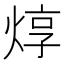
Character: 焞